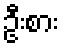
ဦးစား